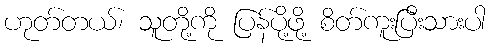
ဟုတ်တယ်၊ သူတို့ကို ပြန်ပို့ဖို့ စိတ်ကူးပြီးသားပါ